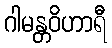
ဂါမန္တဝိဟာရီ